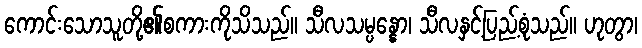
ကောင်းသောသူတို့၏စကားကိုသိသည်။ သီလသမ္ပန္နော၊ သီလနှင့်ပြည့်စုံသည်။ ဟုတွာ၊